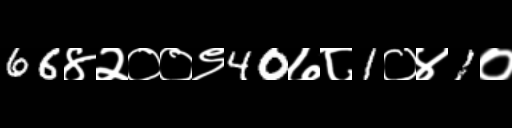
Text: 66४२००९40७८1०४1०